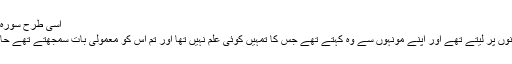
اسی طرح سورہ نور کی آیت نمبر 16 میں ارشاد فرمایا
ترجمہ: جب تم اس (جھوٹ) کو اپنی زبانوں پر لیتے تھے اور اپنے مونہوں سے وہ کہتے تھے جس کا تمہیں کوئی علم نہیں تھا اور تم اس کو معمولی بات سمجھتے تھے حالانکہ اللہ کے نزدیک وہ بہت بڑی تھی۔